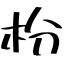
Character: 枌